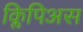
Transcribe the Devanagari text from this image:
क्लिपिअस